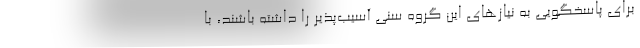
برای پاسخگویی به نیازهای این گروه سنی آسیب‌پذیر را داشته باشند، با